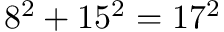
8 ^ { 2 } + 1 5 ^ { 2 } = 1 7 ^ { 2 }